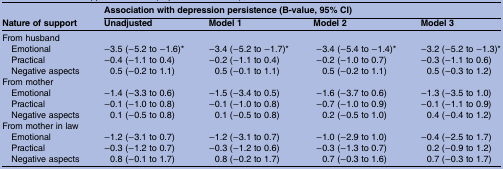
<table><thead><tr><td rowspan="2"><b>Nature of support</b></td><td colspan="4"><b>Association with depression persistence (B-value, 95% CI)</b></td></tr><tr><td><b>Unadjusted</b></td><td><b>Model 1</b></td><td><b>Model 2</b></td><td><b>Model 3</b></td></tr></thead><tbody><tr><td colspan="5">From husband</td></tr><tr><td> Emotional</td><td>−3.5 (−5.2 to −1.6)*</td><td>−3.4 (−5.2 to −1.7)*</td><td>−3.4 (−5.4 to −1.4)*</td><td>−3.2 (−5.2 to −1.3)*</td></tr><tr><td> Practical</td><td>−0.4 (−1.1 to 0.4)</td><td>−0.2 (−1.1 to 0.4)</td><td>−0.2 (−1.0 to 0.7)</td><td>−0.3 (−1.1 to 0.6)</td></tr><tr><td> Negative aspects</td><td>0.5 (−0.2 to 1.1)</td><td>0.5 (−0.1 to 1.1)</td><td>0.5 (−0.2 to 1.1)</td><td>0.5 (−0.3 to 1.2)</td></tr><tr><td colspan="5">From mother</td></tr><tr><td> Emotional</td><td>−1.4 (−3.3 to 0.6)</td><td>−1.5 (−3.4 to 0.5)</td><td>−1.6 (−3.7 to 0.6)</td><td>−1.3 (−3.5 to 1.0)</td></tr><tr><td> Practical</td><td>−0.1 (−1.0 to 0.8)</td><td>−0.1 (−1.0 to 0.8)</td><td> −0.7 (−1.0 to 0.9)</td><td>−0.1 (−1.1 to 0.9)</td></tr><tr><td> Negative aspects</td><td>0.1 (−0.5 to 0.8)</td><td>0.1 (−0.5 to 0.8)</td><td>0.2 (−0.5 to 1.0)</td><td>0.4 (−0.4 to 1.2)</td></tr><tr><td colspan="5">From mother in law</td></tr><tr><td> Emotional</td><td>−1.2 (−3.1 to 0.7)</td><td>−1.2 (−3.1 to 0.7)</td><td>−1.0 (−2.9 to 1.0)</td><td>−0.4 (−2.5 to 1.7)</td></tr><tr><td> Practical</td><td>−0.3 (−1.2 to 0.7)</td><td>−0.3 (−1.2 to 0.6)</td><td>−0.3 (−1.3 to 0.7)</td><td>0.2 (−0.9 to 1.2)</td></tr><tr><td> Negative aspects</td><td>0.8 (−0.1 to 1.7)</td><td>0.8 (−0.2 to 1.7)</td><td>0.7 (−0.3 to 1.6)</td><td>0.7 (−0.3 to 1.7)</td></tr></tbody></table>